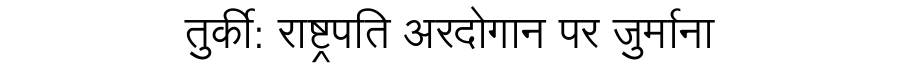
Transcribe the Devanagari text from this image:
तुर्की: राष्ट्रपति अरदोगान पर जुर्माना